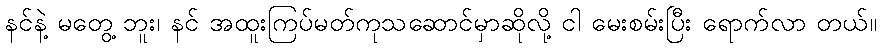
နင်နဲ့ မတွေ့ ဘူး၊ နင် အထူးကြပ်မတ်ကုသဆောင်မှာဆိုလို့ ငါ မေးစမ်းပြီး ရောက်လာ တယ်။